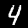
Label: 4